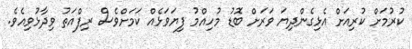
ކުރުމަށް ކުރިއަށް އެޅިގެންދިޔަ ވަރަށް ބޮޑު މުހިއްމު ފިޔަވަޅެއް ކަމަށްވެސް ރިފްއަތު ވިދާޅުވިއެވެ.